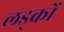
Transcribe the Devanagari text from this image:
लड्कों